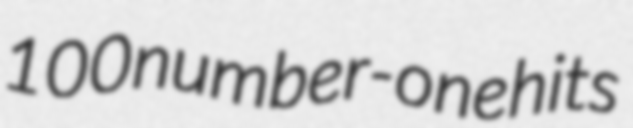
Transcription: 100 number-one hits